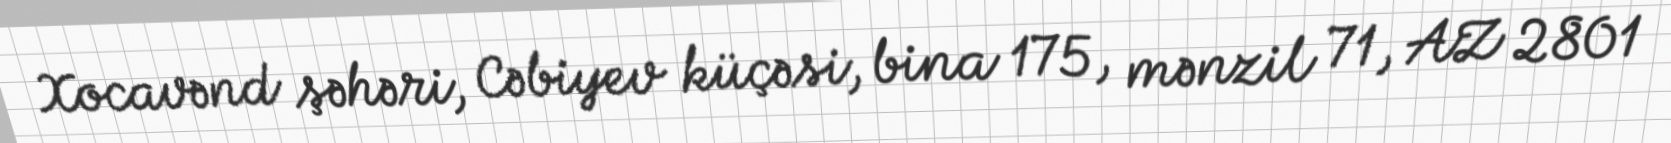
Xocavənd şəhəri, Cəbiyev küçəsi, bina 175, mənzil 71, AZ 2801